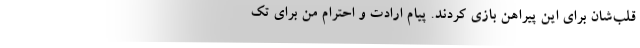
قلب‌شان برای این پیراهن بازی کردند. پیام ارادت و احترام من برای تک